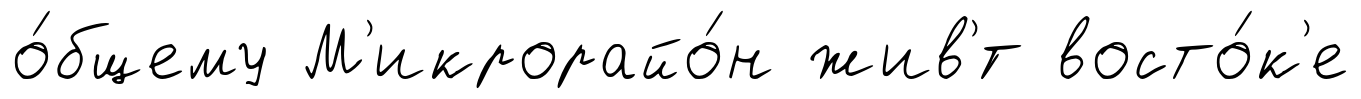
о́бщему М'икрорайо́н жив'́т восто́к'е